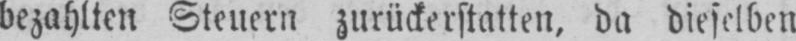
bezahlten Steuern zurückerstatten, da dieselben